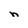
Character: n